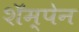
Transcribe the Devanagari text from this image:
शॅम्पेन